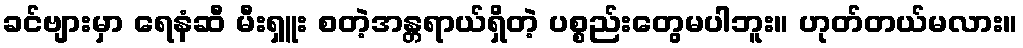
ခင်ဗျားမှာ ရေနံဆီ မီးရှူး စတဲ့အန္တရာယ်ရှိတဲ့ ပစ္စည်းတွေမပါဘူး။ ဟုတ်တယ်မလား။